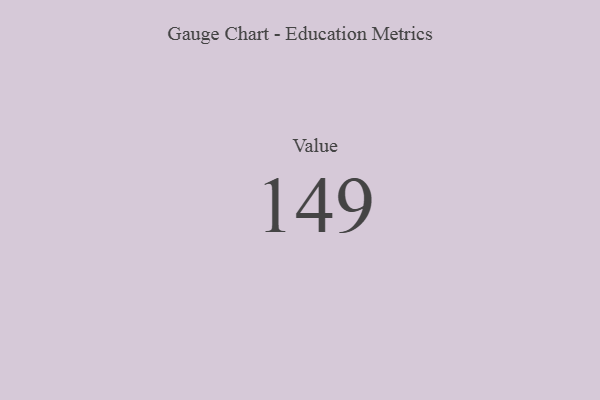
{"axis": {"x": "Metric", "y": "Value"}, "legend": [""], "data": [{"x": "Value", "y": 149, "type": ""}]}